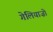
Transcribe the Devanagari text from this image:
गेलियाज़ो